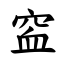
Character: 䆝